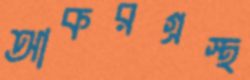
আকরগ্রস্থ